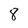
Character: 8